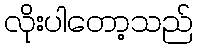
လိုးပါတော့သည်